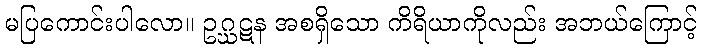
မပြကောင်းပါလော။ ဥဂ္ဃဋန အစရှိသော ကိရိယာကိုလည်း အဘယ်ကြောင့်